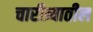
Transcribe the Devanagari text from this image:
चारीत्र्यातील